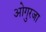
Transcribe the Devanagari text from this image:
ओगुरजा